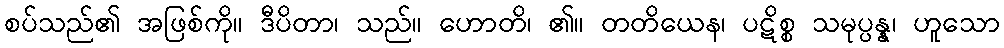
စပ်သည်၏ အဖြစ်ကို။ ဒီပိတာ၊ သည်။ ဟောတိ၊ ၏။ တတိယေန၊ ပဋိစ္စ သမုပ္ပန္န၊ ဟူသော